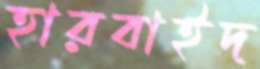
হারবাইদ